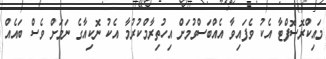
މައިކްރޮސޮފްޓާ އެކު ވެފައިވާ އެއްބަސްވުމަށް އިހުތިރާމްކުރުމާ އެކު ނޮކިއާގެ ނަމަށް ވެސް ބައެއް